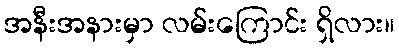
အနီးအနားမှာ လမ်းကြောင်း ရှိလား။